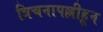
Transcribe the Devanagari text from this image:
त्रिचनापल्लीहून